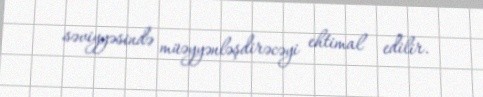
səviyyəsində müəyyənləşdirəcəyi ehtimal edilir.